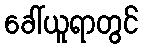
ခေါ်ယူရာတွင်